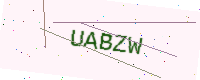
Text: UABZW